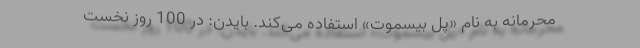
محرمانه به نام «پل بیسموت» استفاده می‌کند. بایدن: در 100 روز نخست